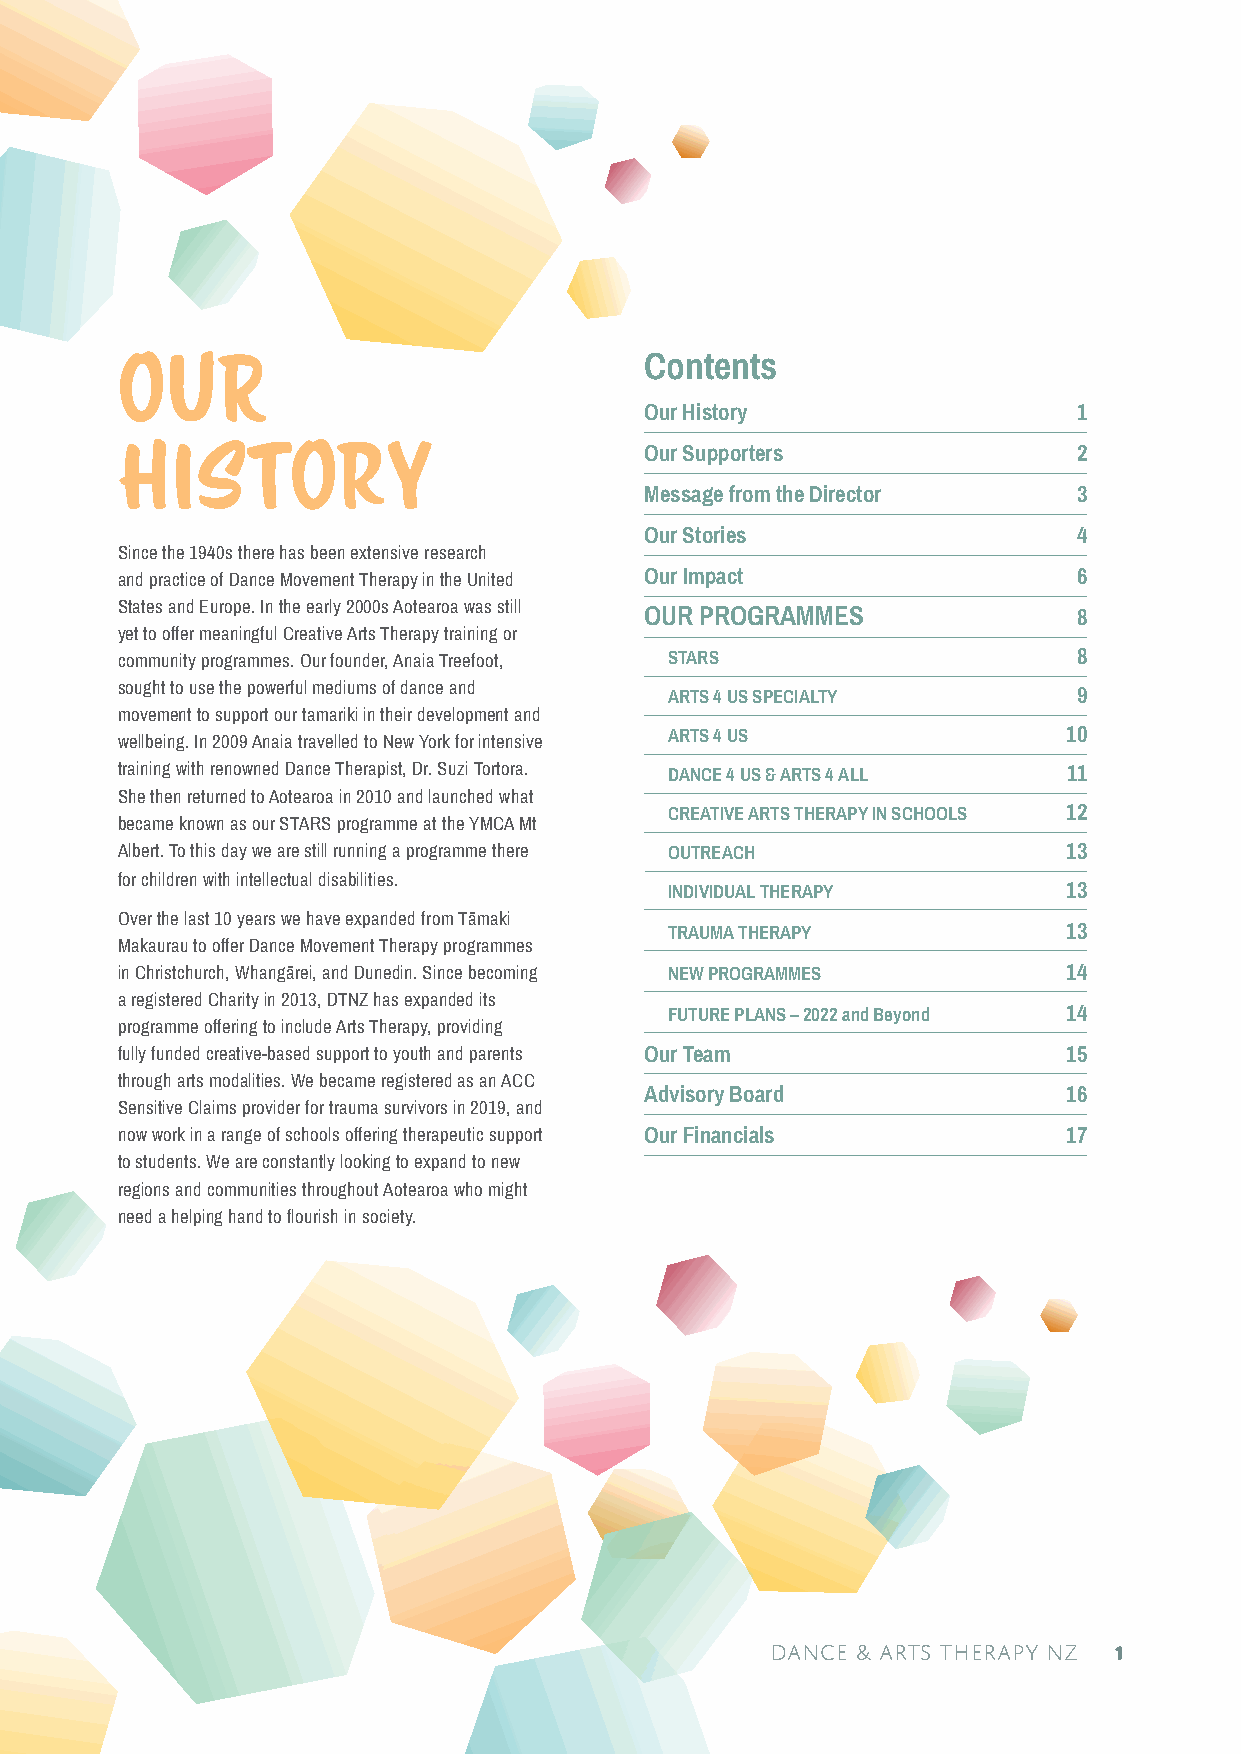
Contents
 OUR
 Our History                 1
 History                            Our Supporters              2
 Message from the Director   3
 Our Stories                 4
 Since the 1940s there has been extensive research
 and practice of Dance Movement Therapy in the United Our Impact 6
 States and Europe. In the early 2000s Aotearoa was still OUR PROGRAMMES 8
 yet to offer meaningful Creative Arts Therapy training or
 community programmes. Our founder, Anaia Treefoot, STARS       8
 sought to use the powerful mediums of dance and ARTS 4 US SPECIALTY 9
 movement to support our tamariki in their development and
 ARTS 4 US                  10
 wellbeing. In 2009 Anaia travelled to New York for intensive
 training with renowned Dance Therapist, Dr. Suzi Tortora. DANCE 4 US & ARTS 4 ALL 11
 She then returned to Aotearoa in 2010 and launched what
 CREATIVE ARTS THERAPY IN SCHOOLS 12
 became known as our STARS programme at the YMCA Mt
 Albert. To this day we are still running a programme there OUTREACH 13
 for children with intellectual disabilities.
 INDIVIDUAL THERAPY         13
 Over the last 10 years we have expanded from Tāmaki
 TRAUMA THERAPY             13
 Makaurau to offer Dance Movement Therapy programmes
 in Christchurch, Whangārei, and Dunedin. Since becoming NEW PROGRAMMES 14
 a registered Charity in 2013, DTNZ has expanded its
 FUTURE PLANS – 2022 and Beyond 14
 programme offering to include Arts Therapy, providing
 fully funded creative-based support to youth and parents Our Team 15
 through arts modalities. We became registered as an ACC
 Advisory Board              16
 Sensitive Claims provider for trauma survivors in 2019, and
 now work in a range of schools offering therapeutic support Our Financials 17
 to students. We are constantly looking to expand to new
 regions and communities throughout Aotearoa who might
 need a helping hand to flourish in society.
 dance & arts therapy NZ 1